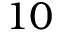
1 0